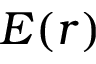
E ( r )